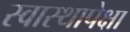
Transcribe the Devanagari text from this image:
स्वास्थापेक्षा